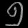
Digit: ၅